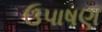
ઉપાષણ